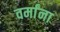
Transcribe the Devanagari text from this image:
वर्मांना